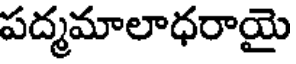
పద్మమాలాధరాయై